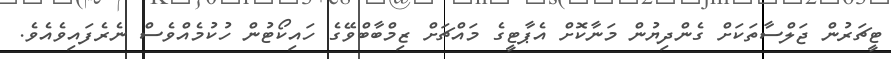
ޓީޗަރުން ޖަލްސާތަކަށް ގެންދިޔުން މަނާކޮށް އެޕާޓީގެ މައްޗަށް ޒިމްބާބްވޭގެ ހައިކޯޓުން ހުކުމެއްވެސް ނެރެފައިވެއެވެ.